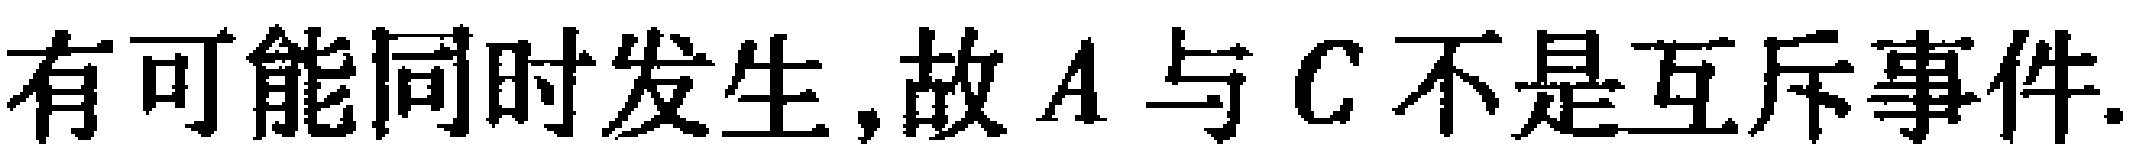
有可能同时发生,故 \(A\) 与 \(C\) 不是互斥事件.